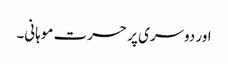
اور دوسری پر حسرت موہانی۔